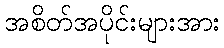
အစိတ်အပိုင်းများအား